Leaving Certificate Examination, 1921
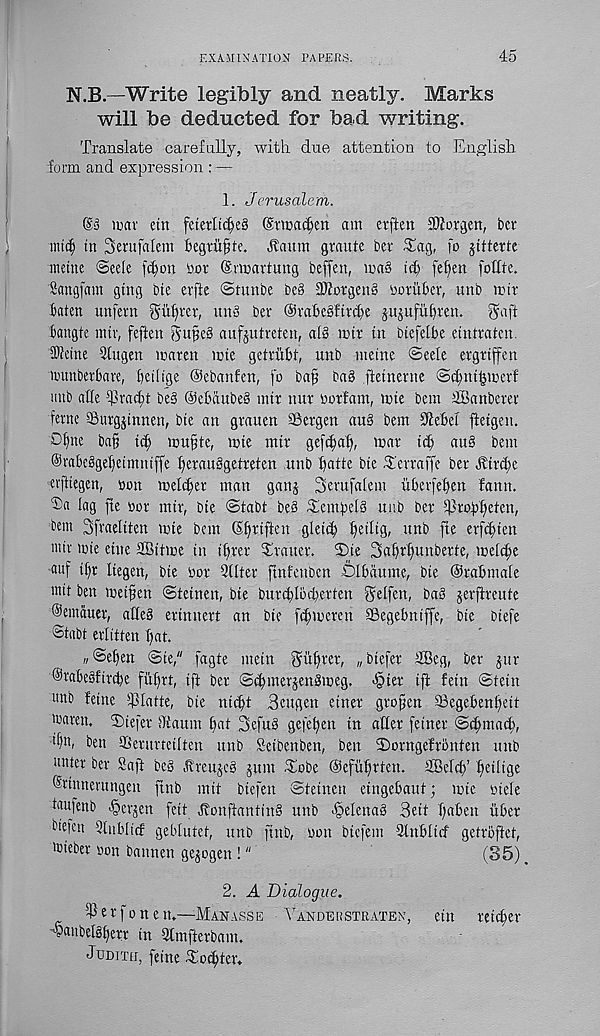
EXAMINATION PAPERS.
45
N.B.—Write legibly and neatly. Marks
will be deducted for bad writing.
Translate carefully, with due attention to English,
form and expression : —
1. Jerusalem.
@3 mx etn fetetlt<f)e§ Stma^en am erften SDiorgen, bcr
mtc^ in Serufalem begtitfhe. Jtaum graute ber 31ag f fo jitterte
mcine @cele fc^on Dor ©rmavtung be®, ma§ id) fefnm fottte.
Sangfam gtng bte evfte ©tunbe bed 3ftovgen§ boxukr, unb mir
baten unfern gutter, unS ber ©rabegftrcbe jujufiibren.
gaft
bangle mtr, feften 5ufe§ aufjutreten, al» mtr tn btefelbe eintratcn.
Sietne 3tugen maren wte getriibl, unb metne ©eele ergttffen
irunberbare, betlige Oebanfen, fo ba^ ba§ ftetnerne ©c^nt^mer!
unb alle ^rad;! be§ Oebaubeb intr nur Oorfam, uhe bem TBanberet
feme SSurgjinnen, bte an grauen SSergen au§ bem 91ebel
C'bne ba§ id) mu§te, mte mtr geft^al), mar id) au§ bem
©rabebgebettnntffe Iferaubgetreten unb
bte -Terraffe ber j?trd)e
erfttegen, non melt^er man ganj Serufalem itberfeben fann.
Da lag fte »or mtr, bte ©tab! be§ Demf)e[3 uub ber dhofiffeten,
bfiit Sfraeltlen mte bem (Slfriften glett^ fietltg, unb fte erfcf)ten
intt mie etne SBt'lme in ifirer Drauer. ©ie Saffrlfunberte, meli^e
' au f d)t liegen, bte nor Qdtcr ftnfenbcn ©I ban me, bte Orabmale
mil ben meifen ©teinen, bie burd>lbd)erfen ^elfen, baS jerfireute
©ernauer, alle§ erinnert an bie fcbmeren SBegebntffe, bte Dtefe
< Stabt erlitten fiat.
„ @ef)en ©te," fagte mein f^ufirer, „btefer 2Beg, ber jur
@rabe§ftrd)e fiibrt, ift ber @d)tnerjen8meg. >§ter ift fetn ©tein
unb feine fpiatte, bte ni^t Beugen etner grojien ©egebenlfeit
'rarett, ©iefer diaum bat 3efu§ gefef)en in aller fetner ©cbmaif),
>f)n, ben QSerurteilten unb Seibenben, ben ©orngefrbnten unb
unter ber Saft be§ .treujeg pm ^lobe @efitf)rtcn. SBeld)’ bdltge
©rtnnentngen jtnb mit btefen ©teinen eingebaut; mie oiele
taujenb -§erjen feit JtonftantinS unb Helenas Beit fiaben iiber
bteicn 3tnblicf geblutet, unb fittb, non biefem Slnblttf getroftet,
'oieber oon batmen gepgen !"
(85)
2. A Dialogue.
iPerfonen.—Manasse Yandeustraten, ein re idler
dbattbelgberr in dtmfterbam.
Judith, feine io^ter*